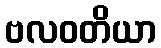
ဗလဝတိယာ